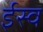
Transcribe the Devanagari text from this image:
ईस्व